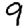
Digit: 9